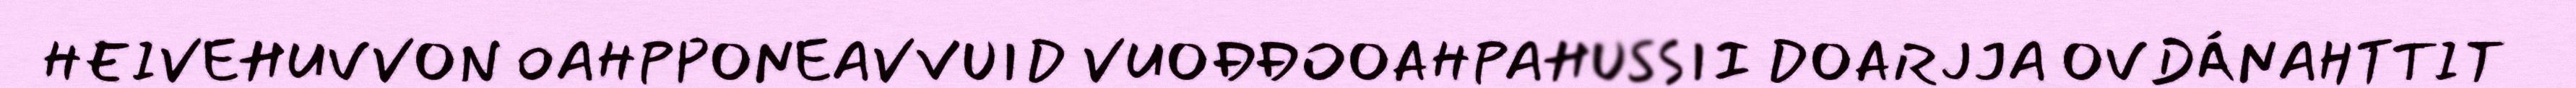
HEIVEHUVVON OAHPPONEAVVUID VUOĐĐOOAHPAHUSSII DOARJJA OVDÁNAHTTIT